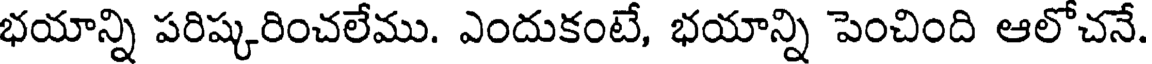
భయాన్ని పరిష్కరించలేము. ఎందుకంటే, భయాన్ని పెంచింది ఆలోచనే